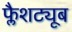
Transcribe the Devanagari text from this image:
फ्लैशट्यूब